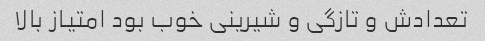
تعدادش و تازگی و شیرینی خوب بود امتیاز بالا